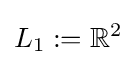
L_{1}:=\mathbb {R} ^{2}